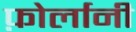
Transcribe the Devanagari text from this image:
फ़ोर्लानी